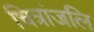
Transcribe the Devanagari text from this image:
चित्रांजलि